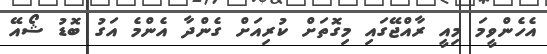
އެހެންވީމަ މިއީ ރާއްޖޭގައި މިގޮތަށް ކުރިއަށް ގެންދާ އެންމެ އަގު ބޮޑު ޝޯއޭ